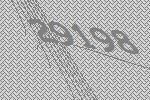
29198